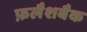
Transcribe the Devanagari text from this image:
फ़लैशबैक